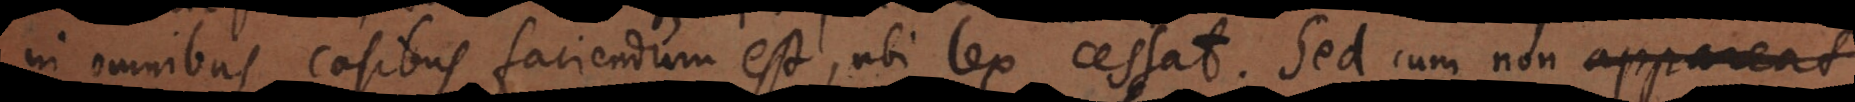
in omnibus casibus faciendum est, ubi lex cessat. Sed cum non appareat